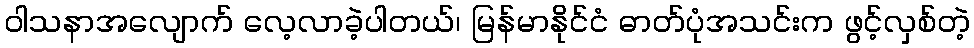
ဝါသနာအလျောက် လေ့လာခဲ့ပါတယ်၊ မြန်မာနိုင်ငံ ဓာတ်ပုံအသင်းက ဖွင့်လှစ်တဲ့